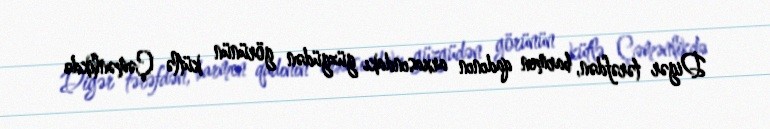
Digər tərəfdən, barmen qadının arxasındakı güzgüdən görünün kütlə Çəmənlikdə